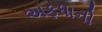
અફધાની